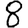
Digit: 8